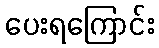
ပေးရကြောင်း